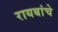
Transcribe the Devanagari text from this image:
रायबांचे